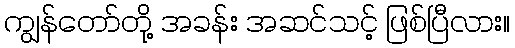
ကျွန်တော်တို့ အခန်း အဆင်သင့် ဖြစ်ပြီလား။